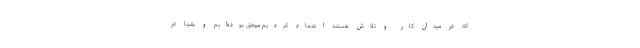
که در میدان کار و تلاش هستند اعتماد کردیم موفق بوده‌ایم و یقیناً در